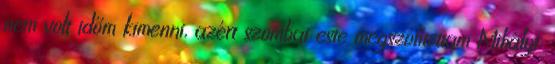
nem volt időm kimenni, azért szombat este megszólítottam Mihályt: